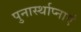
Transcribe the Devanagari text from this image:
पुनार्स्थाप्नाएं